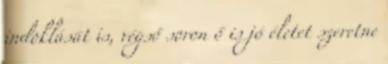
indoklását is, végső soron ő is jó életet szeretne